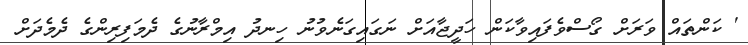
' ކަންތައް ވަރަށް ގޯސްވެފައިވާކަން ހަދީޖާއަށް ނަގައިގަނެވުނު ހިނދު އިމްރާނުގެ ދެމަފިރިންގެ ދެމެދަށް